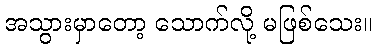
အသွားမှာတော့ သောက်လို့ မဖြစ်သေး။